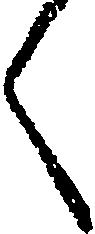
く